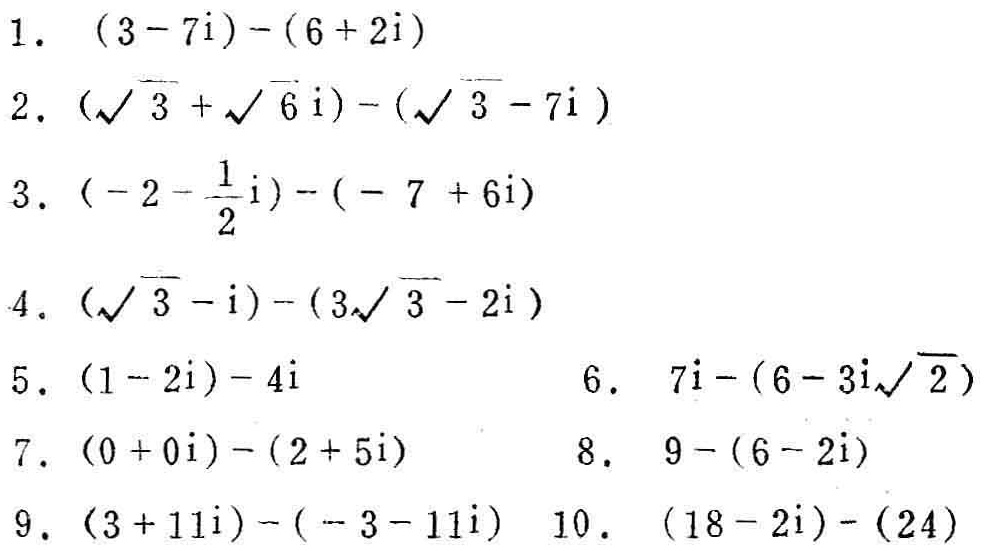
1. \((3 - 7i)-(6 + 2i)\)
2. \((\sqrt{3}+\sqrt{6}i)-(\sqrt{3}-7i)\)
3. \((-2-\frac{1}{2}i)-(-7 + 6i)\)
4. \((\sqrt{3}-i)-(3\sqrt{3}-2i)\)
5. \((1 - 2i)-4i\)
6. \(7i-(6 - 3i\sqrt{2})\)
7. \((0 + 0i)-(2 + 5i)\)
8. \(9-(6 - 2i)\)
9. \((3 + 11i)-(-3 - 11i)\)
10. \((18 - 2i)-(24)\)